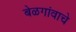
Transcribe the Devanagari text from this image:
बेळगांवाचे